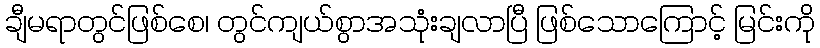
ချီမရာတွင်ဖြစ်စေ၊ တွင်ကျယ်စွာအသုံးချလာပြီ ဖြစ်သောကြောင့် မြင်းကို